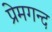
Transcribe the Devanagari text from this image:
प्रेमगन्द